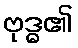
ဗုဒ္ဓ၏